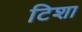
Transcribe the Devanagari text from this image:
टिशा